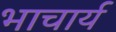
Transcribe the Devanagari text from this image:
भाचार्य